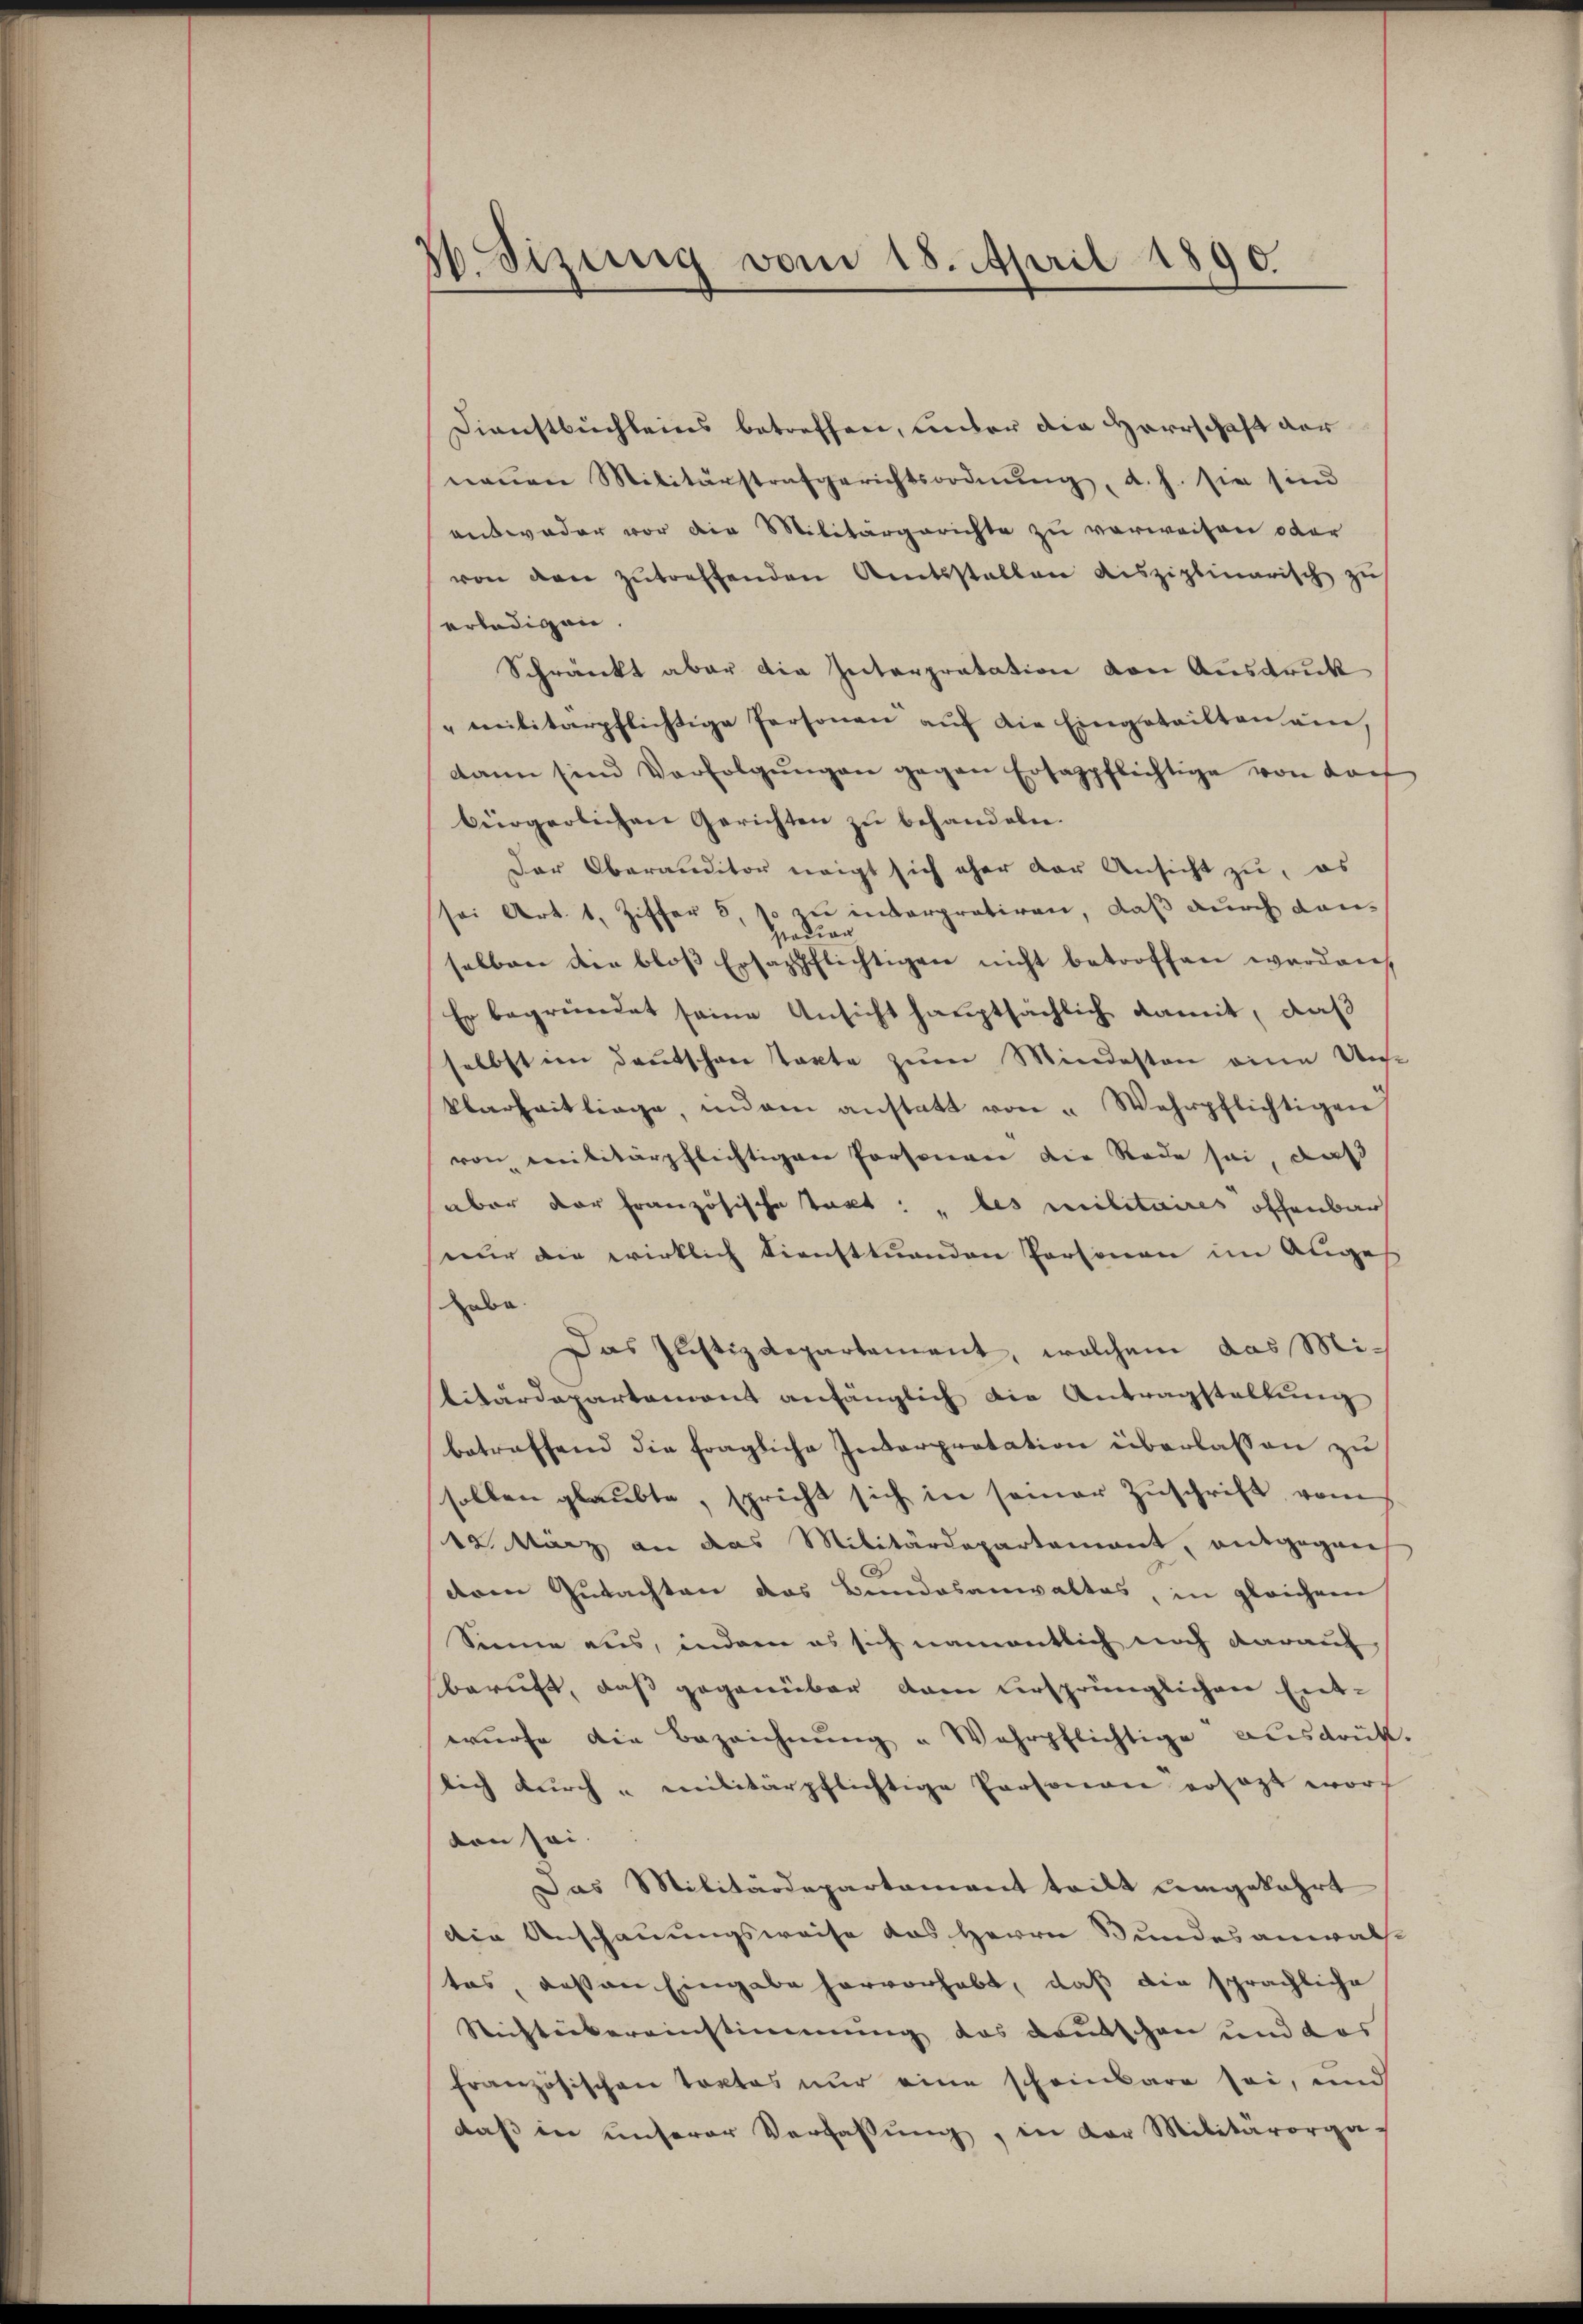
16. Sizung vom 18. April 1890.

Dienstbuchleins betreffen, unter die Herrschaft der
neŭen Militärstrafgerichtsordnŭng, d. h. sie sind
entweder vor die Militärgerichte zu verweisen oder
von den zŭtreffenden Amtsstellen disziplinarisch zu
erledigen.
Schränkt aber die Interpretation von Ausdruck
"militärpflichtige Personen aŭf die Eingeteilten an,
dann sind Verfolgŭngen gegen Ersazpflichtige von darf
bürgerlichen Gerichten zu behandeln.
Der Oberanditor neigt sich eher der Ansicht zu, es
sei Art. 1, Ziffer 5, so zu interpretiren, daß durch dan¬
Hradian
selben die bloβ Ersazpflichtigen nicht betroffen werden,
Er begründet seine Ansicht hauptsächlich damit, daß
selbst im Deutschen Tacte zum Mindesten eine Unse
klarheitliege, indem anstatt von " Wehrpflichtigen
von Militärpflichtigen Personen die Rede sei, daß
aber der französische takt: „les militaires offenbar
nur die wirklich Diensttuenden Personen im Auges
Labe.
Das Justizdepartement, welchem das Militärdepartemont anfänglich die Antragstaltung
betreffend die fragliche Interpretation überlassen zu
sollen glaubte, spricht sich in seiner Zuschrift, vom
12. März an das Militärdepartement, entgegent
dren Gutachten das Bundesanwaltes, in gleichem
Sinne aus, indem es sich namentlich noch darauf
beruft, daß gegenüber dam ursprünglichen Entwürfe die Bezeichnŭng " Wahrpflichtige ausdrük.
lich durch „militärpflichtige Personen ersezt worf
ton sei.
Das Militärdepartament teilt umgekehrt
die Anschauungsweise das Herrn Bundesanwalt
tas, deßen Eingabe hervorhabt, daß die sprachliche
Richtübereinstimmung das deutschen und das
französischen Tortes nur eine scheinbare sei, und
daβ in unserer Verfassŭng, in der Militärorga-